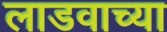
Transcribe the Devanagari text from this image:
लाडवाच्या